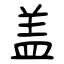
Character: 盖